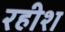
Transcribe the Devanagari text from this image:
रहीश